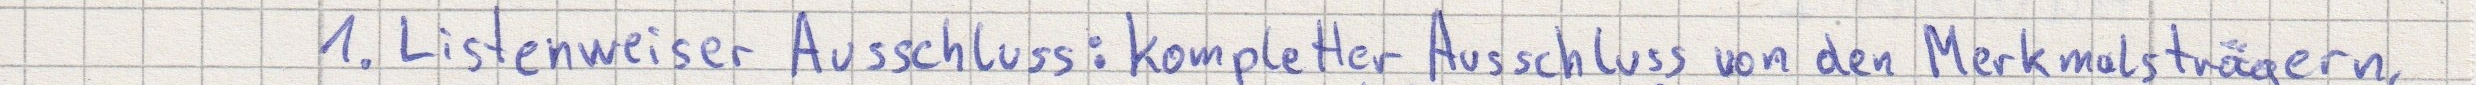
1. Listenweiser Ausschluss: kompletter Ausschluss von den Merkmalsträgern